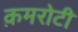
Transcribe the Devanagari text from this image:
क़मरोटी